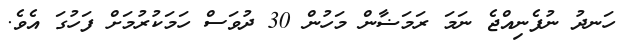
ހަނދު ނުފެނިއްޖެ ނަމަ ރަމަޟާން މަހުން 30 ދުވަސް ހަމަކުރުމަށް ފަހުގަ އެވެ.